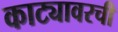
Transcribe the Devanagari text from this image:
काट्यावरची